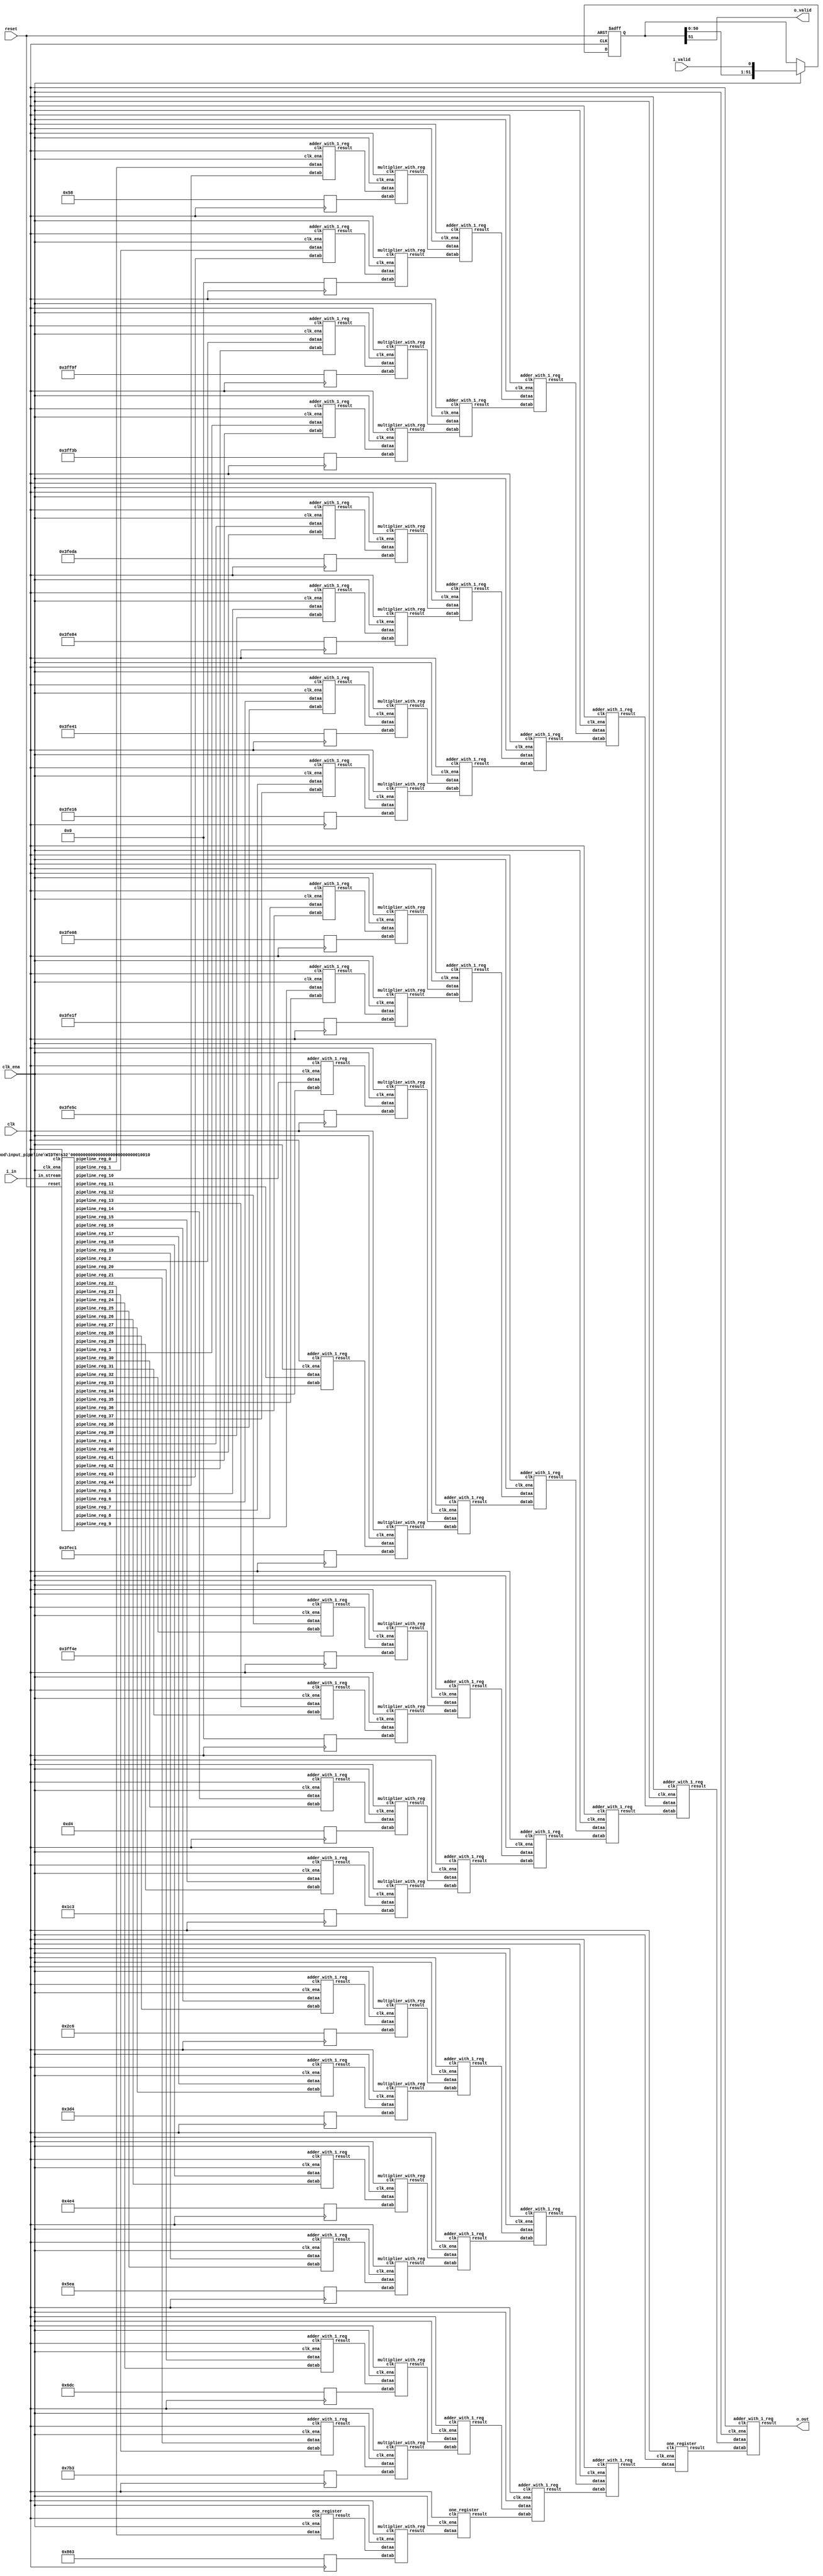
// CONFIG:
// NUM_COEFF = 45
// PIPLINED = 1

// WARNING: more than enough COEFFICIENTS in array (there are 26, and we only need 23)
module fir (
	clk,
	reset,
	clk_ena,
	i_valid,
	i_in,
	o_valid,
	o_out
);
	// Data Width
	parameter dw = 18; //Data input/output bits

	// Number of filter coefficients
	parameter N = 45;
	parameter N_UNIQ = 23; // ciel(N/2) assuming symmetric filter coefficients

	//Number of extra valid cycles needed to align output (i.e. computation pipeline depth + input/output registers
	localparam N_VALID_REGS = 52;

	input clk;
	input reset;
	input clk_ena;
	input i_valid;
	input [dw-1:0] i_in; // signed
	output o_valid;
	output [dw-1:0] o_out; // signed

	// Data Width dervied parameters
	localparam dw_add_int = 18; //Internal adder precision bits
	localparam dw_mult_int = 36; //Internal multiplier precision bits
	localparam scale_factor = 17; //Multiplier normalization shift amount

	// Number of extra registers in INPUT_PIPELINE_REG to prevent contention for CHAIN_END's chain adders
	localparam N_INPUT_REGS = 45;

	// Debug
	// initial begin
	// 	$display ("Data Width: %d", dw);
	// 	$display ("Data Width Add Internal: %d", dw_add_int);
	// 	$display ("Data Width Mult Internal: %d", dw_mult_int);
	// 	$display ("Scale Factor: %d", scale_factor);
	// end

	reg [dw-1:0] COEFFICIENT_0;
	reg [dw-1:0] COEFFICIENT_1;
	reg [dw-1:0] COEFFICIENT_2;
	reg [dw-1:0] COEFFICIENT_3;
	reg [dw-1:0] COEFFICIENT_4;
	reg [dw-1:0] COEFFICIENT_5;
	reg [dw-1:0] COEFFICIENT_6;
	reg [dw-1:0] COEFFICIENT_7;
	reg [dw-1:0] COEFFICIENT_8;
	reg [dw-1:0] COEFFICIENT_9;
	reg [dw-1:0] COEFFICIENT_10;
	reg [dw-1:0] COEFFICIENT_11;
	reg [dw-1:0] COEFFICIENT_12;
	reg [dw-1:0] COEFFICIENT_13;
	reg [dw-1:0] COEFFICIENT_14;
	reg [dw-1:0] COEFFICIENT_15;
	reg [dw-1:0] COEFFICIENT_16;
	reg [dw-1:0] COEFFICIENT_17;
	reg [dw-1:0] COEFFICIENT_18;
	reg [dw-1:0] COEFFICIENT_19;
	reg [dw-1:0] COEFFICIENT_20;
	reg [dw-1:0] COEFFICIENT_21;
	reg [dw-1:0] COEFFICIENT_22;

	always@(posedge clk) begin
		COEFFICIENT_0 <= 18'd88;
		COEFFICIENT_1 <= 18'd0;
		COEFFICIENT_2 <= -18'd97;
		COEFFICIENT_3 <= -18'd197;
		COEFFICIENT_4 <= -18'd294;
		COEFFICIENT_5 <= -18'd380;
		COEFFICIENT_6 <= -18'd447;
		COEFFICIENT_7 <= -18'd490;
		COEFFICIENT_8 <= -18'd504;
		COEFFICIENT_9 <= -18'd481;
		COEFFICIENT_10 <= -18'd420;
		COEFFICIENT_11 <= -18'd319;
		COEFFICIENT_12 <= -18'd178;
		COEFFICIENT_13 <= 18'd0;
		COEFFICIENT_14 <= 18'd212;
		COEFFICIENT_15 <= 18'd451;
		COEFFICIENT_16 <= 18'd710;
		COEFFICIENT_17 <= 18'd980;
		COEFFICIENT_18 <= 18'd1252;
		COEFFICIENT_19 <= 18'd1514;
		COEFFICIENT_20 <= 18'd1756;
		COEFFICIENT_21 <= 18'd1971;
		COEFFICIENT_22 <= 18'd2147;
	end

	////******************************************************
	// *
	// * Valid Delay Pipeline
	// *
	// *****************************************************
	//Input valid signal is pipelined to become output valid signal

	//Valid registers
	reg [N_VALID_REGS-1:0] VALID_PIPELINE_REGS;

	always@(posedge clk or posedge reset) begin
		if(reset) begin
			VALID_PIPELINE_REGS <= 0;
		end else begin
			if(clk_ena) begin
				VALID_PIPELINE_REGS <= {VALID_PIPELINE_REGS[N_VALID_REGS-2:0], i_valid};
			end else begin
				VALID_PIPELINE_REGS <= VALID_PIPELINE_REGS;
			end
		end
	end

	////******************************************************
	// *
	// * Input Register Pipeline
	// *
	// *****************************************************
	//Pipelined input values

	//Input value registers

	wire [dw-1:0] INPUT_PIPELINE_REG_0;
	wire [dw-1:0] INPUT_PIPELINE_REG_1;
	wire [dw-1:0] INPUT_PIPELINE_REG_2;
	wire [dw-1:0] INPUT_PIPELINE_REG_3;
	wire [dw-1:0] INPUT_PIPELINE_REG_4;
	wire [dw-1:0] INPUT_PIPELINE_REG_5;
	wire [dw-1:0] INPUT_PIPELINE_REG_6;
	wire [dw-1:0] INPUT_PIPELINE_REG_7;
	wire [dw-1:0] INPUT_PIPELINE_REG_8;
	wire [dw-1:0] INPUT_PIPELINE_REG_9;
	wire [dw-1:0] INPUT_PIPELINE_REG_10;
	wire [dw-1:0] INPUT_PIPELINE_REG_11;
	wire [dw-1:0] INPUT_PIPELINE_REG_12;
	wire [dw-1:0] INPUT_PIPELINE_REG_13;
	wire [dw-1:0] INPUT_PIPELINE_REG_14;
	wire [dw-1:0] INPUT_PIPELINE_REG_15;
	wire [dw-1:0] INPUT_PIPELINE_REG_16;
	wire [dw-1:0] INPUT_PIPELINE_REG_17;
	wire [dw-1:0] INPUT_PIPELINE_REG_18;
	wire [dw-1:0] INPUT_PIPELINE_REG_19;
	wire [dw-1:0] INPUT_PIPELINE_REG_20;
	wire [dw-1:0] INPUT_PIPELINE_REG_21;
	wire [dw-1:0] INPUT_PIPELINE_REG_22;
	wire [dw-1:0] INPUT_PIPELINE_REG_23;
	wire [dw-1:0] INPUT_PIPELINE_REG_24;
	wire [dw-1:0] INPUT_PIPELINE_REG_25;
	wire [dw-1:0] INPUT_PIPELINE_REG_26;
	wire [dw-1:0] INPUT_PIPELINE_REG_27;
	wire [dw-1:0] INPUT_PIPELINE_REG_28;
	wire [dw-1:0] INPUT_PIPELINE_REG_29;
	wire [dw-1:0] INPUT_PIPELINE_REG_30;
	wire [dw-1:0] INPUT_PIPELINE_REG_31;
	wire [dw-1:0] INPUT_PIPELINE_REG_32;
	wire [dw-1:0] INPUT_PIPELINE_REG_33;
	wire [dw-1:0] INPUT_PIPELINE_REG_34;
	wire [dw-1:0] INPUT_PIPELINE_REG_35;
	wire [dw-1:0] INPUT_PIPELINE_REG_36;
	wire [dw-1:0] INPUT_PIPELINE_REG_37;
	wire [dw-1:0] INPUT_PIPELINE_REG_38;
	wire [dw-1:0] INPUT_PIPELINE_REG_39;
	wire [dw-1:0] INPUT_PIPELINE_REG_40;
	wire [dw-1:0] INPUT_PIPELINE_REG_41;
	wire [dw-1:0] INPUT_PIPELINE_REG_42;
	wire [dw-1:0] INPUT_PIPELINE_REG_43;
	wire [dw-1:0] INPUT_PIPELINE_REG_44;

	input_pipeline in_pipe(
		.clk(clk), .clk_ena(clk_ena),
		.in_stream(i_in),
		.pipeline_reg_0(INPUT_PIPELINE_REG_0),
		.pipeline_reg_1(INPUT_PIPELINE_REG_1),
		.pipeline_reg_2(INPUT_PIPELINE_REG_2),
		.pipeline_reg_3(INPUT_PIPELINE_REG_3),
		.pipeline_reg_4(INPUT_PIPELINE_REG_4),
		.pipeline_reg_5(INPUT_PIPELINE_REG_5),
		.pipeline_reg_6(INPUT_PIPELINE_REG_6),
		.pipeline_reg_7(INPUT_PIPELINE_REG_7),
		.pipeline_reg_8(INPUT_PIPELINE_REG_8),
		.pipeline_reg_9(INPUT_PIPELINE_REG_9),
		.pipeline_reg_10(INPUT_PIPELINE_REG_10),
		.pipeline_reg_11(INPUT_PIPELINE_REG_11),
		.pipeline_reg_12(INPUT_PIPELINE_REG_12),
		.pipeline_reg_13(INPUT_PIPELINE_REG_13),
		.pipeline_reg_14(INPUT_PIPELINE_REG_14),
		.pipeline_reg_15(INPUT_PIPELINE_REG_15),
		.pipeline_reg_16(INPUT_PIPELINE_REG_16),
		.pipeline_reg_17(INPUT_PIPELINE_REG_17),
		.pipeline_reg_18(INPUT_PIPELINE_REG_18),
		.pipeline_reg_19(INPUT_PIPELINE_REG_19),
		.pipeline_reg_20(INPUT_PIPELINE_REG_20),
		.pipeline_reg_21(INPUT_PIPELINE_REG_21),
		.pipeline_reg_22(INPUT_PIPELINE_REG_22),
		.pipeline_reg_23(INPUT_PIPELINE_REG_23),
		.pipeline_reg_24(INPUT_PIPELINE_REG_24),
		.pipeline_reg_25(INPUT_PIPELINE_REG_25),
		.pipeline_reg_26(INPUT_PIPELINE_REG_26),
		.pipeline_reg_27(INPUT_PIPELINE_REG_27),
		.pipeline_reg_28(INPUT_PIPELINE_REG_28),
		.pipeline_reg_29(INPUT_PIPELINE_REG_29),
		.pipeline_reg_30(INPUT_PIPELINE_REG_30),
		.pipeline_reg_31(INPUT_PIPELINE_REG_31),
		.pipeline_reg_32(INPUT_PIPELINE_REG_32),
		.pipeline_reg_33(INPUT_PIPELINE_REG_33),
		.pipeline_reg_34(INPUT_PIPELINE_REG_34),
		.pipeline_reg_35(INPUT_PIPELINE_REG_35),
		.pipeline_reg_36(INPUT_PIPELINE_REG_36),
		.pipeline_reg_37(INPUT_PIPELINE_REG_37),
		.pipeline_reg_38(INPUT_PIPELINE_REG_38),
		.pipeline_reg_39(INPUT_PIPELINE_REG_39),
		.pipeline_reg_40(INPUT_PIPELINE_REG_40),
		.pipeline_reg_41(INPUT_PIPELINE_REG_41),
		.pipeline_reg_42(INPUT_PIPELINE_REG_42),
		.pipeline_reg_43(INPUT_PIPELINE_REG_43),
		.pipeline_reg_44(INPUT_PIPELINE_REG_44),
		.reset(reset)	);
	defparam in_pipe.WIDTH = 18; // = dw
	////******************************************************
	// *
	// * Computation Pipeline
	// *
	// *****************************************************

	// ************************* LEVEL 0 *************************   
	wire [dw-1:0] L0_output_wires_0;
	wire [dw-1:0] L0_output_wires_1;
	wire [dw-1:0] L0_output_wires_2;
	wire [dw-1:0] L0_output_wires_3;
	wire [dw-1:0] L0_output_wires_4;
	wire [dw-1:0] L0_output_wires_5;
	wire [dw-1:0] L0_output_wires_6;
	wire [dw-1:0] L0_output_wires_7;
	wire [dw-1:0] L0_output_wires_8;
	wire [dw-1:0] L0_output_wires_9;
	wire [dw-1:0] L0_output_wires_10;
	wire [dw-1:0] L0_output_wires_11;
	wire [dw-1:0] L0_output_wires_12;
	wire [dw-1:0] L0_output_wires_13;
	wire [dw-1:0] L0_output_wires_14;
	wire [dw-1:0] L0_output_wires_15;
	wire [dw-1:0] L0_output_wires_16;
	wire [dw-1:0] L0_output_wires_17;
	wire [dw-1:0] L0_output_wires_18;
	wire [dw-1:0] L0_output_wires_19;
	wire [dw-1:0] L0_output_wires_20;
	wire [dw-1:0] L0_output_wires_21;
	wire [dw-1:0] L0_output_wires_22;

	adder_with_1_reg L0_adder_0and44(
		.clk(clk), .clk_ena(clk_ena),
		.dataa (INPUT_PIPELINE_REG_0),
		.datab (INPUT_PIPELINE_REG_44),
		.result(L0_output_wires_0)
	);

	adder_with_1_reg L0_adder_1and43(
		.clk(clk), .clk_ena(clk_ena),
		.dataa (INPUT_PIPELINE_REG_1),
		.datab (INPUT_PIPELINE_REG_43),
		.result(L0_output_wires_1)
	);

	adder_with_1_reg L0_adder_2and42(
		.clk(clk), .clk_ena(clk_ena),
		.dataa (INPUT_PIPELINE_REG_2),
		.datab (INPUT_PIPELINE_REG_42),
		.result(L0_output_wires_2)
	);

	adder_with_1_reg L0_adder_3and41(
		.clk(clk), .clk_ena(clk_ena),
		.dataa (INPUT_PIPELINE_REG_3),
		.datab (INPUT_PIPELINE_REG_41),
		.result(L0_output_wires_3)
	);

	adder_with_1_reg L0_adder_4and40(
		.clk(clk), .clk_ena(clk_ena),
		.dataa (INPUT_PIPELINE_REG_4),
		.datab (INPUT_PIPELINE_REG_40),
		.result(L0_output_wires_4)
	);

	adder_with_1_reg L0_adder_5and39(
		.clk(clk), .clk_ena(clk_ena),
		.dataa (INPUT_PIPELINE_REG_5),
		.datab (INPUT_PIPELINE_REG_39),
		.result(L0_output_wires_5)
	);

	adder_with_1_reg L0_adder_6and38(
		.clk(clk), .clk_ena(clk_ena),
		.dataa (INPUT_PIPELINE_REG_6),
		.datab (INPUT_PIPELINE_REG_38),
		.result(L0_output_wires_6)
	);

	adder_with_1_reg L0_adder_7and37(
		.clk(clk), .clk_ena(clk_ena),
		.dataa (INPUT_PIPELINE_REG_7),
		.datab (INPUT_PIPELINE_REG_37),
		.result(L0_output_wires_7)
	);

	adder_with_1_reg L0_adder_8and36(
		.clk(clk), .clk_ena(clk_ena),
		.dataa (INPUT_PIPELINE_REG_8),
		.datab (INPUT_PIPELINE_REG_36),
		.result(L0_output_wires_8)
	);

	adder_with_1_reg L0_adder_9and35(
		.clk(clk), .clk_ena(clk_ena),
		.dataa (INPUT_PIPELINE_REG_9),
		.datab (INPUT_PIPELINE_REG_35),
		.result(L0_output_wires_9)
	);

	adder_with_1_reg L0_adder_10and34(
		.clk(clk), .clk_ena(clk_ena),
		.dataa (INPUT_PIPELINE_REG_10),
		.datab (INPUT_PIPELINE_REG_34),
		.result(L0_output_wires_10)
	);

	adder_with_1_reg L0_adder_11and33(
		.clk(clk), .clk_ena(clk_ena),
		.dataa (INPUT_PIPELINE_REG_11),
		.datab (INPUT_PIPELINE_REG_33),
		.result(L0_output_wires_11)
	);

	adder_with_1_reg L0_adder_12and32(
		.clk(clk), .clk_ena(clk_ena),
		.dataa (INPUT_PIPELINE_REG_12),
		.datab (INPUT_PIPELINE_REG_32),
		.result(L0_output_wires_12)
	);

	adder_with_1_reg L0_adder_13and31(
		.clk(clk), .clk_ena(clk_ena),
		.dataa (INPUT_PIPELINE_REG_13),
		.datab (INPUT_PIPELINE_REG_31),
		.result(L0_output_wires_13)
	);

	adder_with_1_reg L0_adder_14and30(
		.clk(clk), .clk_ena(clk_ena),
		.dataa (INPUT_PIPELINE_REG_14),
		.datab (INPUT_PIPELINE_REG_30),
		.result(L0_output_wires_14)
	);

	adder_with_1_reg L0_adder_15and29(
		.clk(clk), .clk_ena(clk_ena),
		.dataa (INPUT_PIPELINE_REG_15),
		.datab (INPUT_PIPELINE_REG_29),
		.result(L0_output_wires_15)
	);

	adder_with_1_reg L0_adder_16and28(
		.clk(clk), .clk_ena(clk_ena),
		.dataa (INPUT_PIPELINE_REG_16),
		.datab (INPUT_PIPELINE_REG_28),
		.result(L0_output_wires_16)
	);

	adder_with_1_reg L0_adder_17and27(
		.clk(clk), .clk_ena(clk_ena),
		.dataa (INPUT_PIPELINE_REG_17),
		.datab (INPUT_PIPELINE_REG_27),
		.result(L0_output_wires_17)
	);

	adder_with_1_reg L0_adder_18and26(
		.clk(clk), .clk_ena(clk_ena),
		.dataa (INPUT_PIPELINE_REG_18),
		.datab (INPUT_PIPELINE_REG_26),
		.result(L0_output_wires_18)
	);

	adder_with_1_reg L0_adder_19and25(
		.clk(clk), .clk_ena(clk_ena),
		.dataa (INPUT_PIPELINE_REG_19),
		.datab (INPUT_PIPELINE_REG_25),
		.result(L0_output_wires_19)
	);

	adder_with_1_reg L0_adder_20and24(
		.clk(clk), .clk_ena(clk_ena),
		.dataa (INPUT_PIPELINE_REG_20),
		.datab (INPUT_PIPELINE_REG_24),
		.result(L0_output_wires_20)
	);

	adder_with_1_reg L0_adder_21and23(
		.clk(clk), .clk_ena(clk_ena),
		.dataa (INPUT_PIPELINE_REG_21),
		.datab (INPUT_PIPELINE_REG_23),
		.result(L0_output_wires_21)
	);

	// (22 main tree Adders)

	// ********* Byes ********   
	one_register L0_byereg_for_22(
		.clk(clk), .clk_ena(clk_ena),
		.dataa (INPUT_PIPELINE_REG_22),
		.result(L0_output_wires_22)
	);

	// (1 byes)

	// ************************* LEVEL 1 *************************   
	// **************** Multipliers ****************   
	wire [dw-1:0] L1_mult_wires_0;
	wire [dw-1:0] L1_mult_wires_1;
	wire [dw-1:0] L1_mult_wires_2;
	wire [dw-1:0] L1_mult_wires_3;
	wire [dw-1:0] L1_mult_wires_4;
	wire [dw-1:0] L1_mult_wires_5;
	wire [dw-1:0] L1_mult_wires_6;
	wire [dw-1:0] L1_mult_wires_7;
	wire [dw-1:0] L1_mult_wires_8;
	wire [dw-1:0] L1_mult_wires_9;
	wire [dw-1:0] L1_mult_wires_10;
	wire [dw-1:0] L1_mult_wires_11;
	wire [dw-1:0] L1_mult_wires_12;
	wire [dw-1:0] L1_mult_wires_13;
	wire [dw-1:0] L1_mult_wires_14;
	wire [dw-1:0] L1_mult_wires_15;
	wire [dw-1:0] L1_mult_wires_16;
	wire [dw-1:0] L1_mult_wires_17;
	wire [dw-1:0] L1_mult_wires_18;
	wire [dw-1:0] L1_mult_wires_19;
	wire [dw-1:0] L1_mult_wires_20;
	wire [dw-1:0] L1_mult_wires_21;
	wire [dw-1:0] L1_mult_wires_22;

	multiplier_with_reg L1_mul_0(
		.clk(clk), .clk_ena(clk_ena),
		.dataa (L0_output_wires_0),
		.datab (COEFFICIENT_0),
		.result(L1_mult_wires_0)
	);

	multiplier_with_reg L1_mul_1(
		.clk(clk), .clk_ena(clk_ena),
		.dataa (L0_output_wires_1),
		.datab (COEFFICIENT_1),
		.result(L1_mult_wires_1)
	);

	multiplier_with_reg L1_mul_2(
		.clk(clk), .clk_ena(clk_ena),
		.dataa (L0_output_wires_2),
		.datab (COEFFICIENT_2),
		.result(L1_mult_wires_2)
	);

	multiplier_with_reg L1_mul_3(
		.clk(clk), .clk_ena(clk_ena),
		.dataa (L0_output_wires_3),
		.datab (COEFFICIENT_3),
		.result(L1_mult_wires_3)
	);

	multiplier_with_reg L1_mul_4(
		.clk(clk), .clk_ena(clk_ena),
		.dataa (L0_output_wires_4),
		.datab (COEFFICIENT_4),
		.result(L1_mult_wires_4)
	);

	multiplier_with_reg L1_mul_5(
		.clk(clk), .clk_ena(clk_ena),
		.dataa (L0_output_wires_5),
		.datab (COEFFICIENT_5),
		.result(L1_mult_wires_5)
	);

	multiplier_with_reg L1_mul_6(
		.clk(clk), .clk_ena(clk_ena),
		.dataa (L0_output_wires_6),
		.datab (COEFFICIENT_6),
		.result(L1_mult_wires_6)
	);

	multiplier_with_reg L1_mul_7(
		.clk(clk), .clk_ena(clk_ena),
		.dataa (L0_output_wires_7),
		.datab (COEFFICIENT_7),
		.result(L1_mult_wires_7)
	);

	multiplier_with_reg L1_mul_8(
		.clk(clk), .clk_ena(clk_ena),
		.dataa (L0_output_wires_8),
		.datab (COEFFICIENT_8),
		.result(L1_mult_wires_8)
	);

	multiplier_with_reg L1_mul_9(
		.clk(clk), .clk_ena(clk_ena),
		.dataa (L0_output_wires_9),
		.datab (COEFFICIENT_9),
		.result(L1_mult_wires_9)
	);

	multiplier_with_reg L1_mul_10(
		.clk(clk), .clk_ena(clk_ena),
		.dataa (L0_output_wires_10),
		.datab (COEFFICIENT_10),
		.result(L1_mult_wires_10)
	);

	multiplier_with_reg L1_mul_11(
		.clk(clk), .clk_ena(clk_ena),
		.dataa (L0_output_wires_11),
		.datab (COEFFICIENT_11),
		.result(L1_mult_wires_11)
	);

	multiplier_with_reg L1_mul_12(
		.clk(clk), .clk_ena(clk_ena),
		.dataa (L0_output_wires_12),
		.datab (COEFFICIENT_12),
		.result(L1_mult_wires_12)
	);

	multiplier_with_reg L1_mul_13(
		.clk(clk), .clk_ena(clk_ena),
		.dataa (L0_output_wires_13),
		.datab (COEFFICIENT_13),
		.result(L1_mult_wires_13)
	);

	multiplier_with_reg L1_mul_14(
		.clk(clk), .clk_ena(clk_ena),
		.dataa (L0_output_wires_14),
		.datab (COEFFICIENT_14),
		.result(L1_mult_wires_14)
	);

	multiplier_with_reg L1_mul_15(
		.clk(clk), .clk_ena(clk_ena),
		.dataa (L0_output_wires_15),
		.datab (COEFFICIENT_15),
		.result(L1_mult_wires_15)
	);

	multiplier_with_reg L1_mul_16(
		.clk(clk), .clk_ena(clk_ena),
		.dataa (L0_output_wires_16),
		.datab (COEFFICIENT_16),
		.result(L1_mult_wires_16)
	);

	multiplier_with_reg L1_mul_17(
		.clk(clk), .clk_ena(clk_ena),
		.dataa (L0_output_wires_17),
		.datab (COEFFICIENT_17),
		.result(L1_mult_wires_17)
	);

	multiplier_with_reg L1_mul_18(
		.clk(clk), .clk_ena(clk_ena),
		.dataa (L0_output_wires_18),
		.datab (COEFFICIENT_18),
		.result(L1_mult_wires_18)
	);

	multiplier_with_reg L1_mul_19(
		.clk(clk), .clk_ena(clk_ena),
		.dataa (L0_output_wires_19),
		.datab (COEFFICIENT_19),
		.result(L1_mult_wires_19)
	);

	multiplier_with_reg L1_mul_20(
		.clk(clk), .clk_ena(clk_ena),
		.dataa (L0_output_wires_20),
		.datab (COEFFICIENT_20),
		.result(L1_mult_wires_20)
	);

	multiplier_with_reg L1_mul_21(
		.clk(clk), .clk_ena(clk_ena),
		.dataa (L0_output_wires_21),
		.datab (COEFFICIENT_21),
		.result(L1_mult_wires_21)
	);

	multiplier_with_reg L1_mul_22(
		.clk(clk), .clk_ena(clk_ena),
		.dataa (L0_output_wires_22),
		.datab (COEFFICIENT_22),
		.result(L1_mult_wires_22)
	);

	// (23 Multipliers)

	// **************** Adders ****************   
	wire [dw-1:0] L1_output_wires_0;
	wire [dw-1:0] L1_output_wires_1;
	wire [dw-1:0] L1_output_wires_2;
	wire [dw-1:0] L1_output_wires_3;
	wire [dw-1:0] L1_output_wires_4;
	wire [dw-1:0] L1_output_wires_5;
	wire [dw-1:0] L1_output_wires_6;
	wire [dw-1:0] L1_output_wires_7;
	wire [dw-1:0] L1_output_wires_8;
	wire [dw-1:0] L1_output_wires_9;
	wire [dw-1:0] L1_output_wires_10;
	wire [dw-1:0] L1_output_wires_11;

	adder_with_1_reg L1_adder_0and1(
		.clk(clk), .clk_ena(clk_ena),
		.dataa (L1_mult_wires_0),
		.datab (L1_mult_wires_1),
		.result(L1_output_wires_0)
	);

	adder_with_1_reg L1_adder_2and3(
		.clk(clk), .clk_ena(clk_ena),
		.dataa (L1_mult_wires_2),
		.datab (L1_mult_wires_3),
		.result(L1_output_wires_1)
	);

	adder_with_1_reg L1_adder_4and5(
		.clk(clk), .clk_ena(clk_ena),
		.dataa (L1_mult_wires_4),
		.datab (L1_mult_wires_5),
		.result(L1_output_wires_2)
	);

	adder_with_1_reg L1_adder_6and7(
		.clk(clk), .clk_ena(clk_ena),
		.dataa (L1_mult_wires_6),
		.datab (L1_mult_wires_7),
		.result(L1_output_wires_3)
	);

	adder_with_1_reg L1_adder_8and9(
		.clk(clk), .clk_ena(clk_ena),
		.dataa (L1_mult_wires_8),
		.datab (L1_mult_wires_9),
		.result(L1_output_wires_4)
	);

	adder_with_1_reg L1_adder_10and11(
		.clk(clk), .clk_ena(clk_ena),
		.dataa (L1_mult_wires_10),
		.datab (L1_mult_wires_11),
		.result(L1_output_wires_5)
	);

	adder_with_1_reg L1_adder_12and13(
		.clk(clk), .clk_ena(clk_ena),
		.dataa (L1_mult_wires_12),
		.datab (L1_mult_wires_13),
		.result(L1_output_wires_6)
	);

	adder_with_1_reg L1_adder_14and15(
		.clk(clk), .clk_ena(clk_ena),
		.dataa (L1_mult_wires_14),
		.datab (L1_mult_wires_15),
		.result(L1_output_wires_7)
	);

	adder_with_1_reg L1_adder_16and17(
		.clk(clk), .clk_ena(clk_ena),
		.dataa (L1_mult_wires_16),
		.datab (L1_mult_wires_17),
		.result(L1_output_wires_8)
	);

	adder_with_1_reg L1_adder_18and19(
		.clk(clk), .clk_ena(clk_ena),
		.dataa (L1_mult_wires_18),
		.datab (L1_mult_wires_19),
		.result(L1_output_wires_9)
	);

	adder_with_1_reg L1_adder_20and21(
		.clk(clk), .clk_ena(clk_ena),
		.dataa (L1_mult_wires_20),
		.datab (L1_mult_wires_21),
		.result(L1_output_wires_10)
	);

	// (11 main tree Adders)

	// ********* Byes ********   
	one_register L1_byereg_for_22(
		.clk(clk), .clk_ena(clk_ena),
		.dataa (L1_mult_wires_22),
		.result(L1_output_wires_11)
	);

	// (1 byes)

	// ************************* LEVEL 2 *************************   
	wire [dw-1:0] L2_output_wires_0;
	wire [dw-1:0] L2_output_wires_1;
	wire [dw-1:0] L2_output_wires_2;
	wire [dw-1:0] L2_output_wires_3;
	wire [dw-1:0] L2_output_wires_4;
	wire [dw-1:0] L2_output_wires_5;

	adder_with_1_reg L2_adder_0and1(
		.clk(clk), .clk_ena(clk_ena),
		.dataa (L1_output_wires_0),
		.datab (L1_output_wires_1),
		.result(L2_output_wires_0)
	);

	adder_with_1_reg L2_adder_2and3(
		.clk(clk), .clk_ena(clk_ena),
		.dataa (L1_output_wires_2),
		.datab (L1_output_wires_3),
		.result(L2_output_wires_1)
	);

	adder_with_1_reg L2_adder_4and5(
		.clk(clk), .clk_ena(clk_ena),
		.dataa (L1_output_wires_4),
		.datab (L1_output_wires_5),
		.result(L2_output_wires_2)
	);

	adder_with_1_reg L2_adder_6and7(
		.clk(clk), .clk_ena(clk_ena),
		.dataa (L1_output_wires_6),
		.datab (L1_output_wires_7),
		.result(L2_output_wires_3)
	);

	adder_with_1_reg L2_adder_8and9(
		.clk(clk), .clk_ena(clk_ena),
		.dataa (L1_output_wires_8),
		.datab (L1_output_wires_9),
		.result(L2_output_wires_4)
	);

	adder_with_1_reg L2_adder_10and11(
		.clk(clk), .clk_ena(clk_ena),
		.dataa (L1_output_wires_10),
		.datab (L1_output_wires_11),
		.result(L2_output_wires_5)
	);

	// (6 main tree Adders)

	// ************************* LEVEL 3 *************************   
	wire [dw-1:0] L3_output_wires_0;
	wire [dw-1:0] L3_output_wires_1;
	wire [dw-1:0] L3_output_wires_2;

	adder_with_1_reg L3_adder_0and1(
		.clk(clk), .clk_ena(clk_ena),
		.dataa (L2_output_wires_0),
		.datab (L2_output_wires_1),
		.result(L3_output_wires_0)
	);

	adder_with_1_reg L3_adder_2and3(
		.clk(clk), .clk_ena(clk_ena),
		.dataa (L2_output_wires_2),
		.datab (L2_output_wires_3),
		.result(L3_output_wires_1)
	);

	adder_with_1_reg L3_adder_4and5(
		.clk(clk), .clk_ena(clk_ena),
		.dataa (L2_output_wires_4),
		.datab (L2_output_wires_5),
		.result(L3_output_wires_2)
	);

	// (3 main tree Adders)

	// ************************* LEVEL 4 *************************   
	wire [dw-1:0] L4_output_wires_0;
	wire [dw-1:0] L4_output_wires_1;

	adder_with_1_reg L4_adder_0and1(
		.clk(clk), .clk_ena(clk_ena),
		.dataa (L3_output_wires_0),
		.datab (L3_output_wires_1),
		.result(L4_output_wires_0)
	);

	// (1 main tree Adders)

	// ********* Byes ********   
	one_register L4_byereg_for_2(
		.clk(clk), .clk_ena(clk_ena),
		.dataa (L3_output_wires_2),
		.result(L4_output_wires_1)
	);

	// (1 byes)

	// ************************* LEVEL 5 *************************   
	wire [dw-1:0] L5_output_wires_0;

	adder_with_1_reg L5_adder_0and1(
		.clk(clk), .clk_ena(clk_ena),
		.dataa (L4_output_wires_0),
		.datab (L4_output_wires_1),
		.result(L5_output_wires_0)
	);

	// (1 main tree Adders)

	////******************************************************
	// *
	// * Output Logic
	// *
	// *****************************************************
	//Actual outputs
	assign o_out = L5_output_wires_0;

	assign o_valid = VALID_PIPELINE_REGS[N_VALID_REGS-1];

endmodule


module input_pipeline (
	clk,
	clk_ena,
	in_stream,
	pipeline_reg_0,
	pipeline_reg_1,
	pipeline_reg_2,
	pipeline_reg_3,
	pipeline_reg_4,
	pipeline_reg_5,
	pipeline_reg_6,
	pipeline_reg_7,
	pipeline_reg_8,
	pipeline_reg_9,
	pipeline_reg_10,
	pipeline_reg_11,
	pipeline_reg_12,
	pipeline_reg_13,
	pipeline_reg_14,
	pipeline_reg_15,
	pipeline_reg_16,
	pipeline_reg_17,
	pipeline_reg_18,
	pipeline_reg_19,
	pipeline_reg_20,
	pipeline_reg_21,
	pipeline_reg_22,
	pipeline_reg_23,
	pipeline_reg_24,
	pipeline_reg_25,
	pipeline_reg_26,
	pipeline_reg_27,
	pipeline_reg_28,
	pipeline_reg_29,
	pipeline_reg_30,
	pipeline_reg_31,
	pipeline_reg_32,
	pipeline_reg_33,
	pipeline_reg_34,
	pipeline_reg_35,
	pipeline_reg_36,
	pipeline_reg_37,
	pipeline_reg_38,
	pipeline_reg_39,
	pipeline_reg_40,
	pipeline_reg_41,
	pipeline_reg_42,
	pipeline_reg_43,
	pipeline_reg_44,
	reset);
	parameter WIDTH = 1;
	//Input value registers
	input clk;
	input clk_ena;
	input [WIDTH-1:0] in_stream;
	output [WIDTH-1:0] pipeline_reg_0;
	output [WIDTH-1:0] pipeline_reg_1;
	output [WIDTH-1:0] pipeline_reg_2;
	output [WIDTH-1:0] pipeline_reg_3;
	output [WIDTH-1:0] pipeline_reg_4;
	output [WIDTH-1:0] pipeline_reg_5;
	output [WIDTH-1:0] pipeline_reg_6;
	output [WIDTH-1:0] pipeline_reg_7;
	output [WIDTH-1:0] pipeline_reg_8;
	output [WIDTH-1:0] pipeline_reg_9;
	output [WIDTH-1:0] pipeline_reg_10;
	output [WIDTH-1:0] pipeline_reg_11;
	output [WIDTH-1:0] pipeline_reg_12;
	output [WIDTH-1:0] pipeline_reg_13;
	output [WIDTH-1:0] pipeline_reg_14;
	output [WIDTH-1:0] pipeline_reg_15;
	output [WIDTH-1:0] pipeline_reg_16;
	output [WIDTH-1:0] pipeline_reg_17;
	output [WIDTH-1:0] pipeline_reg_18;
	output [WIDTH-1:0] pipeline_reg_19;
	output [WIDTH-1:0] pipeline_reg_20;
	output [WIDTH-1:0] pipeline_reg_21;
	output [WIDTH-1:0] pipeline_reg_22;
	output [WIDTH-1:0] pipeline_reg_23;
	output [WIDTH-1:0] pipeline_reg_24;
	output [WIDTH-1:0] pipeline_reg_25;
	output [WIDTH-1:0] pipeline_reg_26;
	output [WIDTH-1:0] pipeline_reg_27;
	output [WIDTH-1:0] pipeline_reg_28;
	output [WIDTH-1:0] pipeline_reg_29;
	output [WIDTH-1:0] pipeline_reg_30;
	output [WIDTH-1:0] pipeline_reg_31;
	output [WIDTH-1:0] pipeline_reg_32;
	output [WIDTH-1:0] pipeline_reg_33;
	output [WIDTH-1:0] pipeline_reg_34;
	output [WIDTH-1:0] pipeline_reg_35;
	output [WIDTH-1:0] pipeline_reg_36;
	output [WIDTH-1:0] pipeline_reg_37;
	output [WIDTH-1:0] pipeline_reg_38;
	output [WIDTH-1:0] pipeline_reg_39;
	output [WIDTH-1:0] pipeline_reg_40;
	output [WIDTH-1:0] pipeline_reg_41;
	output [WIDTH-1:0] pipeline_reg_42;
	output [WIDTH-1:0] pipeline_reg_43;
	output [WIDTH-1:0] pipeline_reg_44;
	reg [WIDTH-1:0] pipeline_reg_0;
	reg [WIDTH-1:0] pipeline_reg_1;
	reg [WIDTH-1:0] pipeline_reg_2;
	reg [WIDTH-1:0] pipeline_reg_3;
	reg [WIDTH-1:0] pipeline_reg_4;
	reg [WIDTH-1:0] pipeline_reg_5;
	reg [WIDTH-1:0] pipeline_reg_6;
	reg [WIDTH-1:0] pipeline_reg_7;
	reg [WIDTH-1:0] pipeline_reg_8;
	reg [WIDTH-1:0] pipeline_reg_9;
	reg [WIDTH-1:0] pipeline_reg_10;
	reg [WIDTH-1:0] pipeline_reg_11;
	reg [WIDTH-1:0] pipeline_reg_12;
	reg [WIDTH-1:0] pipeline_reg_13;
	reg [WIDTH-1:0] pipeline_reg_14;
	reg [WIDTH-1:0] pipeline_reg_15;
	reg [WIDTH-1:0] pipeline_reg_16;
	reg [WIDTH-1:0] pipeline_reg_17;
	reg [WIDTH-1:0] pipeline_reg_18;
	reg [WIDTH-1:0] pipeline_reg_19;
	reg [WIDTH-1:0] pipeline_reg_20;
	reg [WIDTH-1:0] pipeline_reg_21;
	reg [WIDTH-1:0] pipeline_reg_22;
	reg [WIDTH-1:0] pipeline_reg_23;
	reg [WIDTH-1:0] pipeline_reg_24;
	reg [WIDTH-1:0] pipeline_reg_25;
	reg [WIDTH-1:0] pipeline_reg_26;
	reg [WIDTH-1:0] pipeline_reg_27;
	reg [WIDTH-1:0] pipeline_reg_28;
	reg [WIDTH-1:0] pipeline_reg_29;
	reg [WIDTH-1:0] pipeline_reg_30;
	reg [WIDTH-1:0] pipeline_reg_31;
	reg [WIDTH-1:0] pipeline_reg_32;
	reg [WIDTH-1:0] pipeline_reg_33;
	reg [WIDTH-1:0] pipeline_reg_34;
	reg [WIDTH-1:0] pipeline_reg_35;
	reg [WIDTH-1:0] pipeline_reg_36;
	reg [WIDTH-1:0] pipeline_reg_37;
	reg [WIDTH-1:0] pipeline_reg_38;
	reg [WIDTH-1:0] pipeline_reg_39;
	reg [WIDTH-1:0] pipeline_reg_40;
	reg [WIDTH-1:0] pipeline_reg_41;
	reg [WIDTH-1:0] pipeline_reg_42;
	reg [WIDTH-1:0] pipeline_reg_43;
	reg [WIDTH-1:0] pipeline_reg_44;
	input reset;

	always@(posedge clk or posedge reset) begin
		if(reset) begin
			pipeline_reg_0 <= 0;
			pipeline_reg_1 <= 0;
			pipeline_reg_2 <= 0;
			pipeline_reg_3 <= 0;
			pipeline_reg_4 <= 0;
			pipeline_reg_5 <= 0;
			pipeline_reg_6 <= 0;
			pipeline_reg_7 <= 0;
			pipeline_reg_8 <= 0;
			pipeline_reg_9 <= 0;
			pipeline_reg_10 <= 0;
			pipeline_reg_11 <= 0;
			pipeline_reg_12 <= 0;
			pipeline_reg_13 <= 0;
			pipeline_reg_14 <= 0;
			pipeline_reg_15 <= 0;
			pipeline_reg_16 <= 0;
			pipeline_reg_17 <= 0;
			pipeline_reg_18 <= 0;
			pipeline_reg_19 <= 0;
			pipeline_reg_20 <= 0;
			pipeline_reg_21 <= 0;
			pipeline_reg_22 <= 0;
			pipeline_reg_23 <= 0;
			pipeline_reg_24 <= 0;
			pipeline_reg_25 <= 0;
			pipeline_reg_26 <= 0;
			pipeline_reg_27 <= 0;
			pipeline_reg_28 <= 0;
			pipeline_reg_29 <= 0;
			pipeline_reg_30 <= 0;
			pipeline_reg_31 <= 0;
			pipeline_reg_32 <= 0;
			pipeline_reg_33 <= 0;
			pipeline_reg_34 <= 0;
			pipeline_reg_35 <= 0;
			pipeline_reg_36 <= 0;
			pipeline_reg_37 <= 0;
			pipeline_reg_38 <= 0;
			pipeline_reg_39 <= 0;
			pipeline_reg_40 <= 0;
			pipeline_reg_41 <= 0;
			pipeline_reg_42 <= 0;
			pipeline_reg_43 <= 0;
			pipeline_reg_44 <= 0;
		end else begin
			if(clk_ena) begin
				pipeline_reg_0 <= in_stream;
				pipeline_reg_1 <= pipeline_reg_0;
				pipeline_reg_2 <= pipeline_reg_1;
				pipeline_reg_3 <= pipeline_reg_2;
				pipeline_reg_4 <= pipeline_reg_3;
				pipeline_reg_5 <= pipeline_reg_4;
				pipeline_reg_6 <= pipeline_reg_5;
				pipeline_reg_7 <= pipeline_reg_6;
				pipeline_reg_8 <= pipeline_reg_7;
				pipeline_reg_9 <= pipeline_reg_8;
				pipeline_reg_10 <= pipeline_reg_9;
				pipeline_reg_11 <= pipeline_reg_10;
				pipeline_reg_12 <= pipeline_reg_11;
				pipeline_reg_13 <= pipeline_reg_12;
				pipeline_reg_14 <= pipeline_reg_13;
				pipeline_reg_15 <= pipeline_reg_14;
				pipeline_reg_16 <= pipeline_reg_15;
				pipeline_reg_17 <= pipeline_reg_16;
				pipeline_reg_18 <= pipeline_reg_17;
				pipeline_reg_19 <= pipeline_reg_18;
				pipeline_reg_20 <= pipeline_reg_19;
				pipeline_reg_21 <= pipeline_reg_20;
				pipeline_reg_22 <= pipeline_reg_21;
				pipeline_reg_23 <= pipeline_reg_22;
				pipeline_reg_24 <= pipeline_reg_23;
				pipeline_reg_25 <= pipeline_reg_24;
				pipeline_reg_26 <= pipeline_reg_25;
				pipeline_reg_27 <= pipeline_reg_26;
				pipeline_reg_28 <= pipeline_reg_27;
				pipeline_reg_29 <= pipeline_reg_28;
				pipeline_reg_30 <= pipeline_reg_29;
				pipeline_reg_31 <= pipeline_reg_30;
				pipeline_reg_32 <= pipeline_reg_31;
				pipeline_reg_33 <= pipeline_reg_32;
				pipeline_reg_34 <= pipeline_reg_33;
				pipeline_reg_35 <= pipeline_reg_34;
				pipeline_reg_36 <= pipeline_reg_35;
				pipeline_reg_37 <= pipeline_reg_36;
				pipeline_reg_38 <= pipeline_reg_37;
				pipeline_reg_39 <= pipeline_reg_38;
				pipeline_reg_40 <= pipeline_reg_39;
				pipeline_reg_41 <= pipeline_reg_40;
				pipeline_reg_42 <= pipeline_reg_41;
				pipeline_reg_43 <= pipeline_reg_42;
				pipeline_reg_44 <= pipeline_reg_43;
			end //else begin
				//pipeline_reg_0 <= pipeline_reg_0;
				//pipeline_reg_1 <= pipeline_reg_1;
				//pipeline_reg_2 <= pipeline_reg_2;
				//pipeline_reg_3 <= pipeline_reg_3;
				//pipeline_reg_4 <= pipeline_reg_4;
				//pipeline_reg_5 <= pipeline_reg_5;
				//pipeline_reg_6 <= pipeline_reg_6;
				//pipeline_reg_7 <= pipeline_reg_7;
				//pipeline_reg_8 <= pipeline_reg_8;
				//pipeline_reg_9 <= pipeline_reg_9;
				//pipeline_reg_10 <= pipeline_reg_10;
				//pipeline_reg_11 <= pipeline_reg_11;
				//pipeline_reg_12 <= pipeline_reg_12;
				//pipeline_reg_13 <= pipeline_reg_13;
				//pipeline_reg_14 <= pipeline_reg_14;
				//pipeline_reg_15 <= pipeline_reg_15;
				//pipeline_reg_16 <= pipeline_reg_16;
				//pipeline_reg_17 <= pipeline_reg_17;
				//pipeline_reg_18 <= pipeline_reg_18;
				//pipeline_reg_19 <= pipeline_reg_19;
				//pipeline_reg_20 <= pipeline_reg_20;
				//pipeline_reg_21 <= pipeline_reg_21;
				//pipeline_reg_22 <= pipeline_reg_22;
				//pipeline_reg_23 <= pipeline_reg_23;
				//pipeline_reg_24 <= pipeline_reg_24;
				//pipeline_reg_25 <= pipeline_reg_25;
				//pipeline_reg_26 <= pipeline_reg_26;
				//pipeline_reg_27 <= pipeline_reg_27;
				//pipeline_reg_28 <= pipeline_reg_28;
				//pipeline_reg_29 <= pipeline_reg_29;
				//pipeline_reg_30 <= pipeline_reg_30;
				//pipeline_reg_31 <= pipeline_reg_31;
				//pipeline_reg_32 <= pipeline_reg_32;
				//pipeline_reg_33 <= pipeline_reg_33;
				//pipeline_reg_34 <= pipeline_reg_34;
				//pipeline_reg_35 <= pipeline_reg_35;
				//pipeline_reg_36 <= pipeline_reg_36;
				//pipeline_reg_37 <= pipeline_reg_37;
				//pipeline_reg_38 <= pipeline_reg_38;
				//pipeline_reg_39 <= pipeline_reg_39;
				//pipeline_reg_40 <= pipeline_reg_40;
				//pipeline_reg_41 <= pipeline_reg_41;
				//pipeline_reg_42 <= pipeline_reg_42;
				//pipeline_reg_43 <= pipeline_reg_43;
				//pipeline_reg_44 <= pipeline_reg_44;
			//end
		end
	end
endmodule


module adder_with_1_reg (
	clk,
	clk_ena,
	dataa,
	datab,
	result);

	input	  clk;
	input	  clk_ena;
	input	[17:0]  dataa;
	input	[17:0]  datab;
	output	[17:0]  result;

	reg     [17:0]  result;

	always @(posedge clk) begin
		if(clk_ena) begin
			result <= dataa + datab;
		end
	end

endmodule


module multiplier_with_reg (
	clk,
	clk_ena,
	dataa,
	datab,
	result);

	input	  clk;
	input	  clk_ena;
	input	[17:0]  dataa;
	input	[17:0]  datab;
	output	[17:0]  result;

	reg     [17:0]  result;

	always @(posedge clk) begin
		if(clk_ena) begin
			result <= dataa * datab;
		end
	end

endmodule


module one_register (
	clk,
	clk_ena,
	dataa,
	result);

	input	  clk;
	input	  clk_ena;
	input	[17:0]  dataa;
	output	[17:0]  result;

	reg     [17:0]  result;

	always @(posedge clk) begin
		if(clk_ena) begin
			result <= dataa;
		end
	end

endmodule